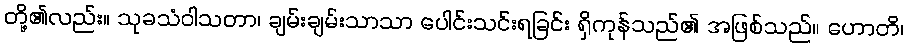
တို့၏လည်း။ သုခသံဝါသတာ၊ ချမ်းချမ်းသာသာ ပေါင်းသင်းရခြင်း ရှိကုန်သည်၏ အဖြစ်သည်။ ဟောတိ၊